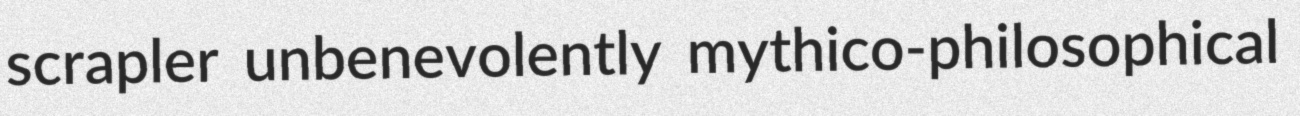
scrapler unbenevolently mythico-philosophical